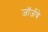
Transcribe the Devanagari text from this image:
जॉर्जचे